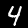
Label: 4